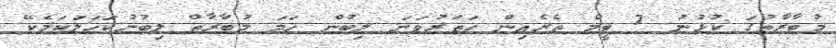
މުބާރާތުގަ ކުޅުނު 7 ޓީމް ތެރެއިން ހަތަރުވަނަ ލިބުން ހަމަ މުބާރާތް ލިބުނުކަހަލަކަމެކޭ